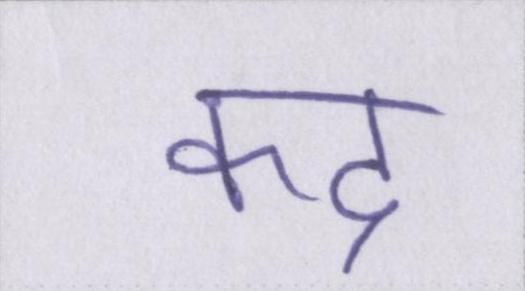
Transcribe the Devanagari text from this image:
कद्र